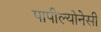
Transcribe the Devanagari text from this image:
पापील्योनेसी